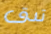
تدق